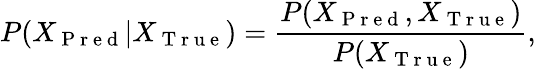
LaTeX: P(X_{\mathrm{~P~r~e~d~}}|X_{\mathrm{~T~r~u~e~}})=\frac{P(X_{\mathrm{~P~r~e~d~}},X_{\mathrm{~T~r~u~e~}})}{P(X_{\mathrm{~T~r~u~e~}})},